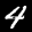
Digit: 4